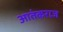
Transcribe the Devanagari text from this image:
आतंकराज